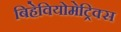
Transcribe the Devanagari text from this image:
बिहेवियोमेट्रिक्स